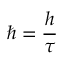
\hbar = { \frac { h } { \tau } }